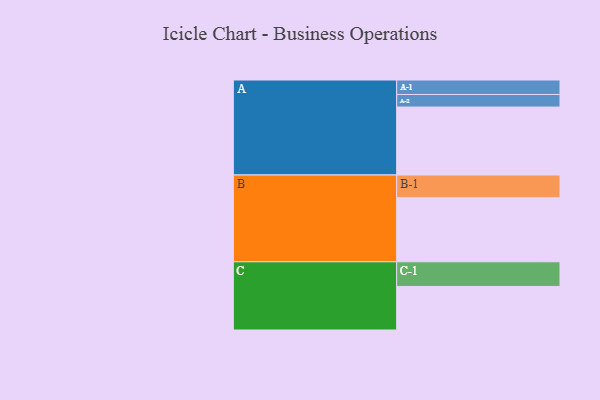
{"axis": {"x": "Segment", "y": "Value"}, "legend": ["", "A", "B", "C"], "data": [{"x": "A", "y": 530, "type": ""}, {"x": "B", "y": 500, "type": ""}, {"x": "C", "y": 340, "type": ""}, {"x": "A-1", "y": 113, "type": "A"}, {"x": "A-2", "y": 98, "type": "A"}, {"x": "B-1", "y": 177, "type": "B"}, {"x": "C-1", "y": 192, "type": "C"}]}